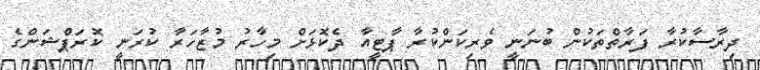
ދިރާސާކުރާ ފަރާތްތަކުން ބުނަނީ ވެރިކަންކުރާ ޕާޓީއާ ދެކޮޅަށް މިހާރު މުޒާހަރާ ކުރަނީ ކޮރަޕްޝަންގެ